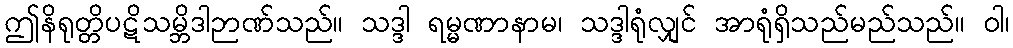
ဤနိရုတ္တိပဋိသမ္ဘိဒါဉာဏ်သည်။ သဒ္ဒါ ရမ္မဏာနာမ၊ သဒ္ဒါရုံလျှင် အာရုံရှိသည်မည်သည်။ ဝါ၊